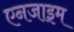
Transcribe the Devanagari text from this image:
एनजाइम